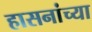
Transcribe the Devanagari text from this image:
हासनांच्या